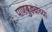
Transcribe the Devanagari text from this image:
पाणबुड्यांच्या